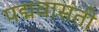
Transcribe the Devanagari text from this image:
पद्मवासंती